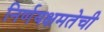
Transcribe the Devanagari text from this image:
निर्णयक्षमतेची